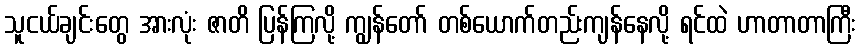
သူငယ်ချင်းတွေ အားလုံး ဇာတိ ပြန်ကြလို့ ကျွန်တော် တစ်ယောက်တည်းကျန်နေလို့ ရင်ထဲ ဟာတာတာကြီး